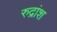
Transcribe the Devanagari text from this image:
रुद्रांश